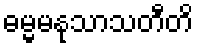
ဓမ္မမနုသာသတီတိ